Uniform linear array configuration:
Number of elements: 8
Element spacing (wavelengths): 0.5
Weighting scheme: exponential
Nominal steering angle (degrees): -15
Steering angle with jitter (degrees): -14.663
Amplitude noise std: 0.05
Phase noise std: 0.05

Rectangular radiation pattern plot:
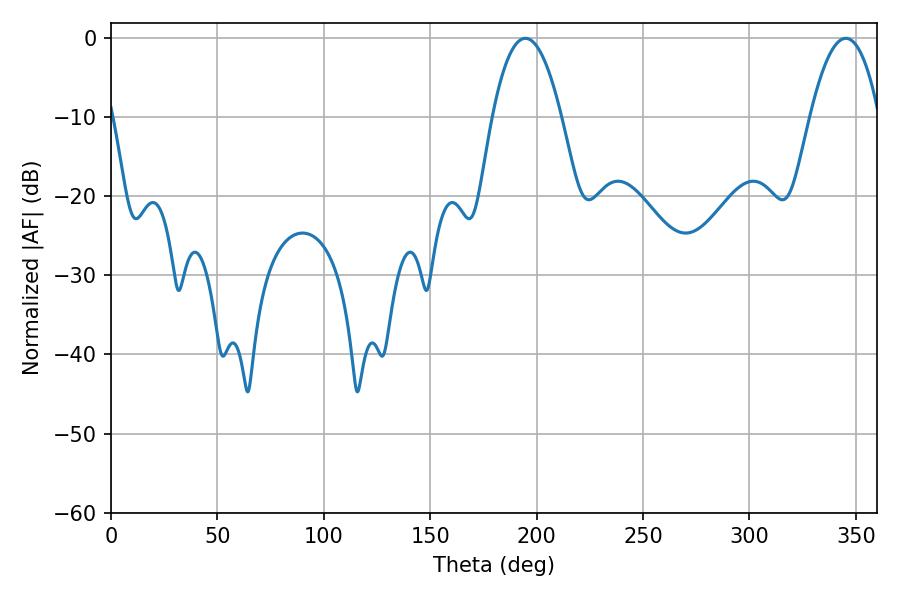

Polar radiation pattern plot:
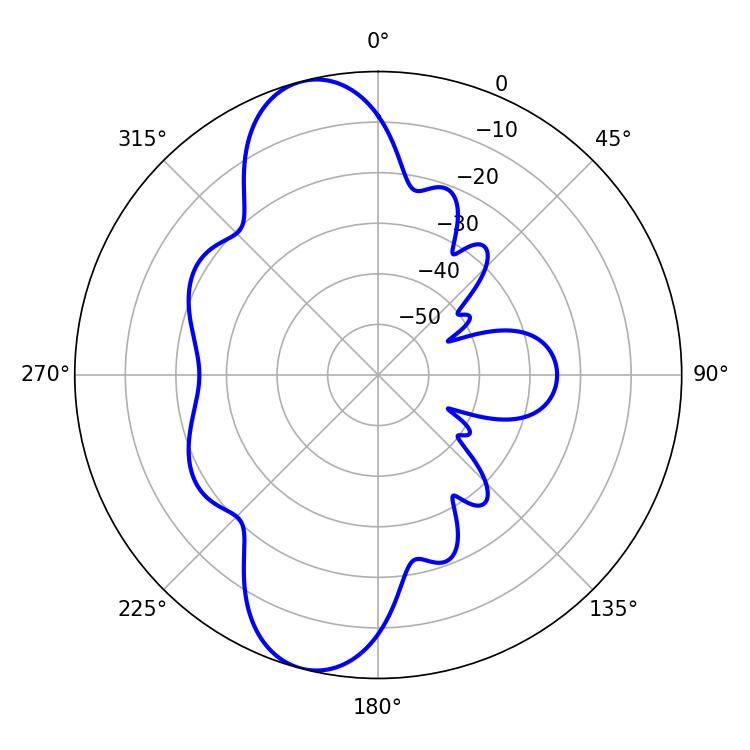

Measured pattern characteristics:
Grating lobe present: FALSE
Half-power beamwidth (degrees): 18
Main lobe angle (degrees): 194.76